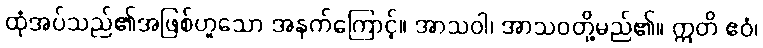
ထုံအပ်သည်၏အဖြစ်ဟူသော အနက်ကြောင့်။ အာသဝါ၊ အာသဝတို့မည်၏။ ဣတိ ဧဝံ၊